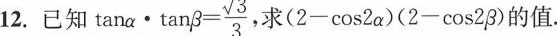
12.已知 $$\tan \alpha \cdot \tan \beta = \frac { \sqrt { 3 } } { 3 }$$ 求(2-cos 2 α ) ( 2- cos 2 β )$$的值.